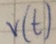
Text: V(t)